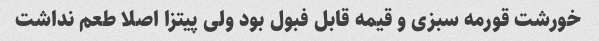
خورشت قورمه سبزی و قیمه قابل فبول بود ولی پیتزا اصلا طعم نداشت